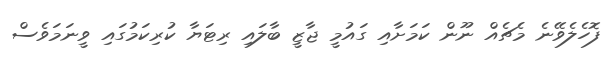
ފޮހެލެވޭނެ މެޗެއް ނޫން ކަމަށާއި ގައުމީ ޖާޒީ ބާލައި ރިޓަޔާ ކުރިކަމުގައި ވީނަމަވެސް